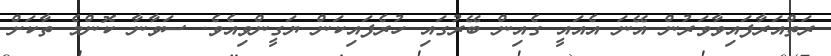
ރަތްއަރާފައިވާވަރުން އޭނަ އެއައީ ގެއިން ބޭރުގައި ހުރެފައިކަން ޔަގީންވިއެވެ. ސަވާނާ ކޮންމެ ތާކަށް